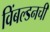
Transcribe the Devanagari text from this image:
विंबल्डनची